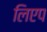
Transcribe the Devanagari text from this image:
लिएप